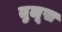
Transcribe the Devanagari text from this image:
तुलूस